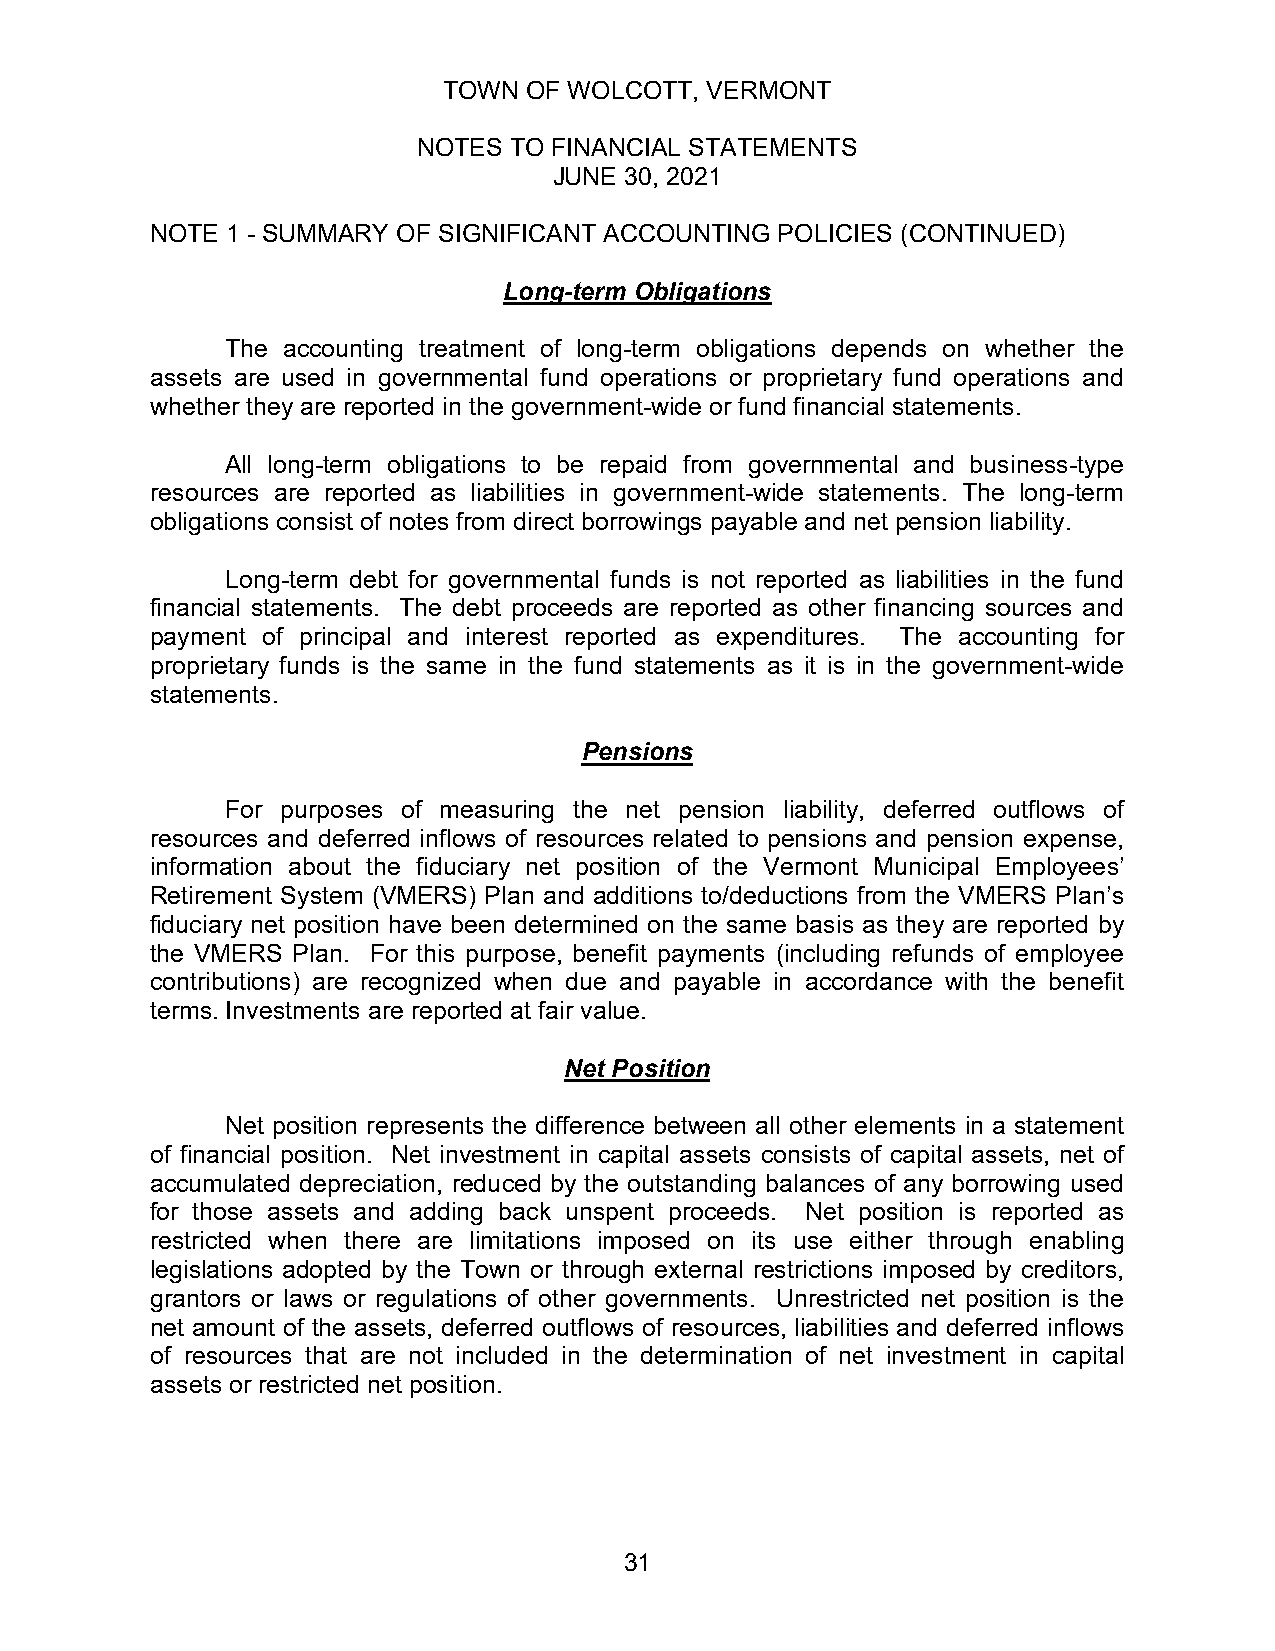
TOWN  OF WOLCOTT, VERMONT
 NOTES TO FINANCIAL STATEMENTS
 JUNE 30, 2021
 NOTE 1 - SUMMARY OF SIGNIFICANT ACCOUNTING POLICIES (CONTINUED)
 Long-term Obligations
 The accounting treatment of long-term obligations depends on whether the
 assets are used in governmental fund operations or proprietary fund operations and
 whether they are reported in the government-wide or fund financial statements.
 All long-term obligations to be repaid from governmental and business-type
 resources are reported as liabilities in government-wide statements. The long-term
 obligations consist of notes from direct borrowings payable and net pension liability.
 Long-term debt for governmental funds is not reported as liabilities in the fund
 financial statements. The debt proceeds are reported as other financing sources and
 payment of principal and interest reported as expenditures. The accounting for
 proprietary funds is the same in the fund statements as it is in the government-wide
 statements.
 Pensions
 For purposes of measuring the net pension liability, deferred outflows of
 resources and deferred inflows of resources related to pensions and pension expense,
 information about the fiduciary net position of the Vermont Municipal Employees’
 Retirement System (VMERS) Plan and additions to/deductions from the VMERS Plan’s
 fiduciary net position have been determined on the same basis as they are reported by
 the VMERS Plan. For this purpose, benefit payments (including refunds of employee
 contributions) are recognized when due and payable in accordance with the benefit
 terms. Investments are reported at fair value.
 Net Position
 Net position represents the difference between all other elements in a statement
 of financial position. Net investment in capital assets consists of capital assets, net of
 accumulated depreciation, reduced by the outstanding balances of any borrowing used
 for those assets and adding back unspent proceeds. Net position is reported as
 restricted when there are limitations imposed on its use either through enabling
 legislations adopted by the Town or through external restrictions imposed by creditors,
 grantors or laws or regulations of other governments. Unrestricted net position is the
 net amount of the assets, deferred outflows of resources, liabilities and deferred inflows
 of resources that are not included in the determination of net investment in capital
 assets or restricted net position.
 31